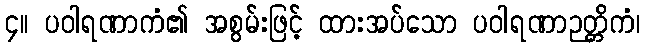
၄။ ပဝါရဏာကံ၏ အစွမ်းဖြင့် ထားအပ်သော ပဝါရဏာဉတ္တိကံ၊